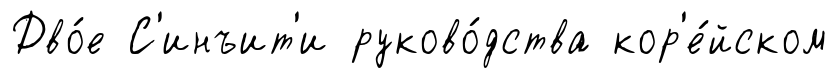
Дво́е С'инъит'и руково́дства кор'е́йском